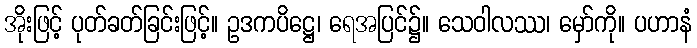
အိုးဖြင့် ပုတ်ခတ်ခြင်းဖြင့်။ ဥဒကပိဋ္ဌေ၊ ရေအပြင်၌။ သေဝါလဿ၊ မှော်ကို။ ပဟာနံ